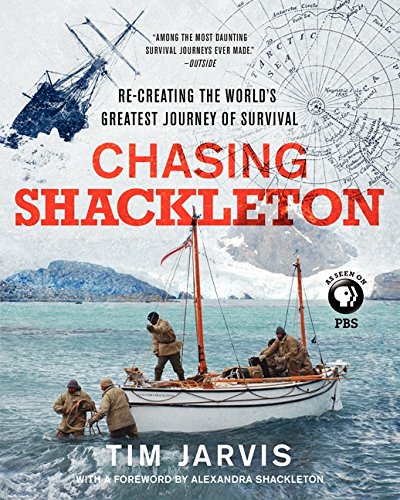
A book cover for Chasing Shackleton: Re-creating the World's Greatest Journey of Survival; Tim Jarvis; History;